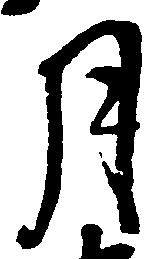
月